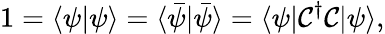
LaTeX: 1=\langle\psi|\psi\rangle=\langle{\bar{\psi}}|{\bar{\psi}}\rangle=\langle\psi|{\mathcal{C}}^{\dagger}{\mathcal{C}}|\psi\rangle,